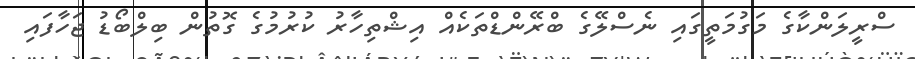
ސްރީލަންކާގެ މަގުމަތީގައި ނެސްލޭގެ ބްރޭންޑްތަކެއް އިޝްތިހާރު ކުރުމުގެ ގޮތުން ބިލްބޯޑު ޖަހާފައި